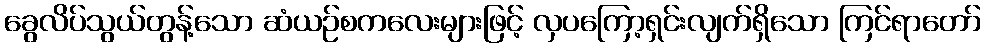
ခွေလိပ်သွယ်တွန့်သော ဆံယဉ်စကလေးများဖြင့် လှပကြော့ရှင်းလျက်ရှိသော ကြင်ရာတော်